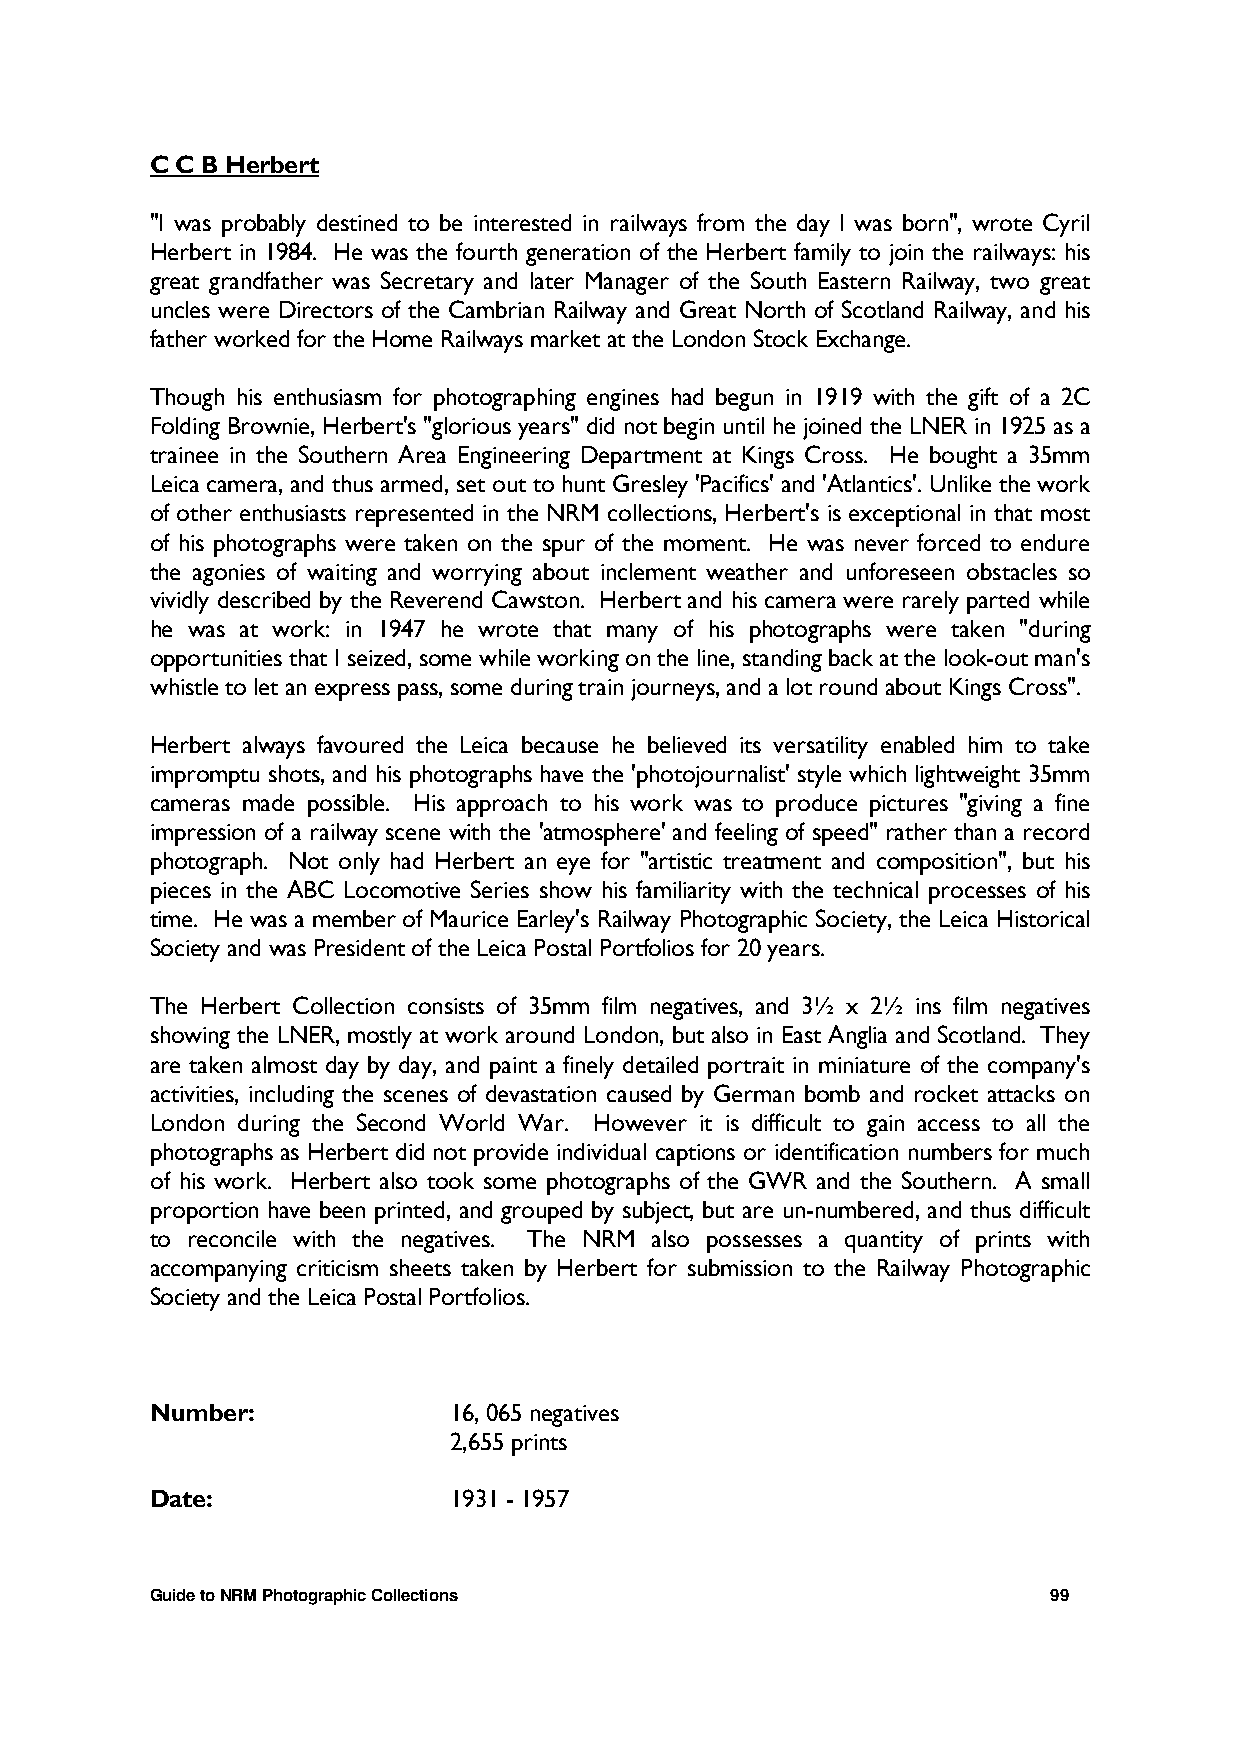
C C B Herbert
 "I was probably destined to be interested in railways from the day I was born", wrote Cyril
 Herbert in 1984. He was the fourth generation of the Herbert family to join the railways: his
 great grandfather was Secretary and later Manager of the South Eastern Railway, two great
 uncles were Directors of the Cambrian Railway and Great North of Scotland Railway, and his
 father worked for the Home Railways market at the London Stock Exchange.
 Though his enthusiasm for photographing engines had begun in 1919 with the gift of a 2C
 Folding Brownie, Herbert's "glorious years" did not begin until he joined the LNER in 1925 as a
 trainee in the Southern Area Engineering Department at Kings Cross. He bought a 35mm
 Leica camera, and thus armed, set out to hunt Gresley 'Pacifics' and 'Atlantics'. Unlike the work
 of other enthusiasts represented in the NRM collections, Herbert's is exceptional in that most
 of his photographs were taken on the spur of the moment. He was never forced to endure
 the agonies of waiting and worrying about inclement weather and unforeseen obstacles so
 vividly described by the Reverend Cawston. Herbert and his camera were rarely parted while
 he was at work: in 1947 he wrote that many of his photographs were taken "during
 opportunities that I seized, some while working on the line, standing back at the look-out man's
 whistle to let an express pass, some during train journeys, and a lot round about Kings Cross".
 Herbert always favoured the Leica because he believed its versatility enabled him to take
 impromptu shots, and his photographs have the 'photojournalist' style which lightweight 35mm
 cameras made possible. His approach to his work was to produce pictures "giving a fine
 impression of a railway scene with the 'atmosphere' and feeling of speed" rather than a record
 photograph. Not only had Herbert an eye for "artistic treatment and composition", but his
 pieces in the ABC Locomotive Series show his familiarity with the technical processes of his
 time. He was a member of Maurice Earley's Railway Photographic Society, the Leica Historical
 Society and was President of the Leica Postal Portfolios for 20 years.
 The Herbert Collection consists of 35mm film negatives, and 3½ x 2½ ins film negatives
 showing the LNER, mostly at work around London, but also in East Anglia and Scotland. They
 are taken almost day by day, and paint a finely detailed portrait in miniature of the company's
 activities, including the scenes of devastation caused by German bomb and rocket attacks on
 London during the Second World War. However it is difficult to gain access to all the
 photographs as Herbert did not provide individual captions or identification numbers for much
 of his work. Herbert also took some photographs of the GWR and the Southern. A small
 proportion have been printed, and grouped by subject, but are un-numbered, and thus difficult
 to reconcile with the negatives. The NRM also possesses a quantity of prints with
 accompanying criticism sheets taken by Herbert for submission to the Railway Photographic
 Society and the Leica Postal Portfolios.
 Number:             16, 065 negatives
 2,655 prints
 Date:               1931 - 1957
 Guide to NRM Photographic Collections                       99